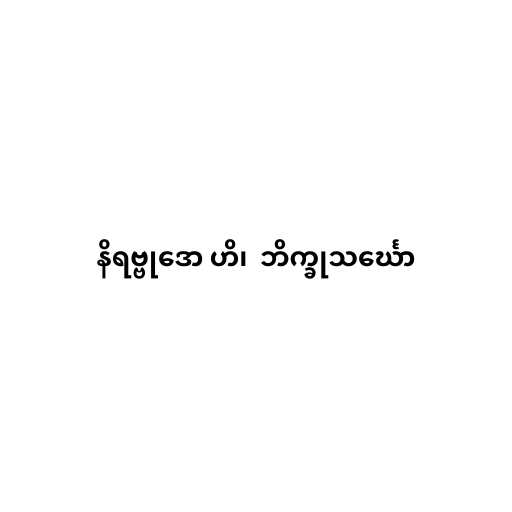
နိရဗ္ဗုဒော ဟိ၊  ဘိက္ခုသင်္ဃော